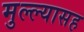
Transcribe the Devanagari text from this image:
मुल्ल्यासह